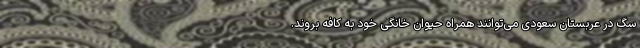
سگ در عربستان سعودی می‌توانند همراه حیوان خانگی خود به کافه بروند.